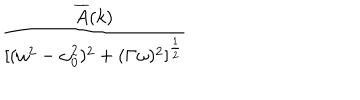
LaTeX: \frac { \overline { { A } } ( k ) } { \lbrack ( \omega ^ { 2 } - \omega _ { 0 } ^ { 2 } ) ^ { 2 } + ( \Gamma \omega ) ^ { 2 } \rbrack ^ { \frac { 1 } { 2 } } }